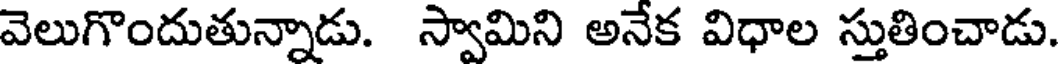
వెలుగొందుతున్నాడు. స్వామిని అనేక విధాల స్తుతించాడు.